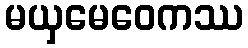
မယှမေဝေကဿ